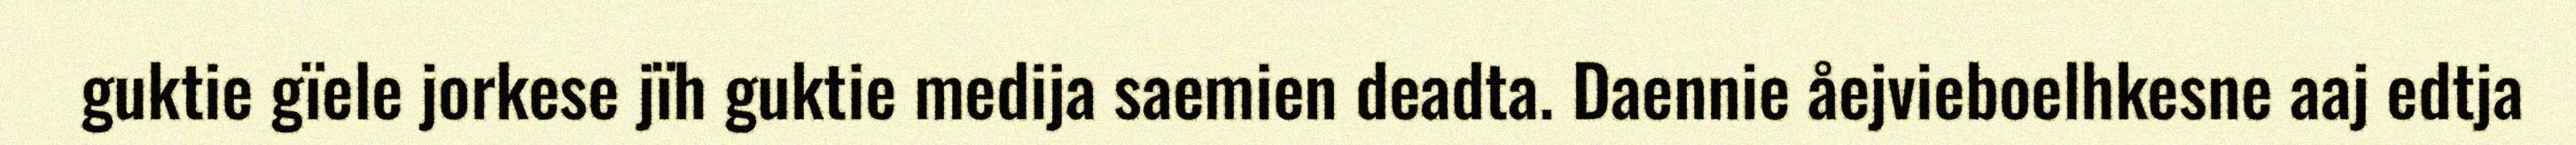
guktie gïele jorkese jïh guktie medija saemien deadta. Daennie åejvieboelhkesne aaj edtja